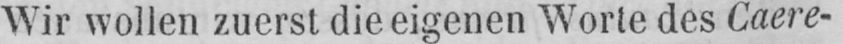
Wir wollen zuerst die eigenen Worte des Caere-